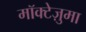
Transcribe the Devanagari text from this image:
मॉक्टेज़ुमा